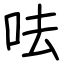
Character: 呿